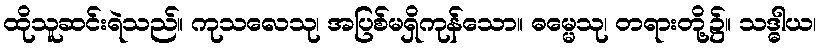
ထိုသူဆင်းရဲသည်။ ကုသလေသု၊ အပြစ်မရှိကုန်သော။ ဓမ္မေသု၊ တရားတို့၌။ သဒ္ဓါယ၊